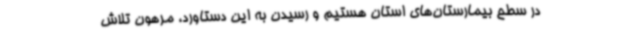
در سطح بیمارستان‌های استان هستیم و رسیدن به این دستاورد، مرهون تلاش